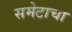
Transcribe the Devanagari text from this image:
समेटाचा